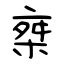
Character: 椉